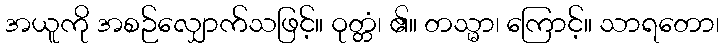
အယူကို အစဉ်လျှောက်သဖြင့်။ ဝုတ္တံ၊ ၏။ တသ္မာ၊ ကြောင့်။ သာရတော၊